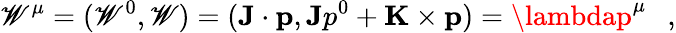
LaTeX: \mathscr{W}^{\mu}=(\mathscr{W}^{0},{\mathbf{\mathscr{W}}})=({\mathbf{J}}\cdot{\mathbf{p}},{\mathbf{J}}p^{0}+{\mathbf{K}}\times{\mathbf{p}})=\lambdap^{\mu}~~~,